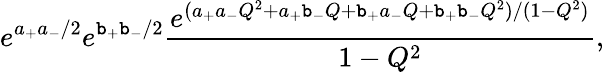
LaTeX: e^{a_{+}a_{-}/2}e^{\mathtt{b}_{+}\mathtt{b}_{-}/2}\frac{{e^{(a_{+}a_{-}Q^{2}+a_{+}\mathtt{b}_{-}Q+\mathtt{b}_{+}a_{-}Q+\mathtt{b}_{+}\mathtt{b}_{-}Q^{2})/(1-Q^{2})}}}{{1-Q^{2}}},